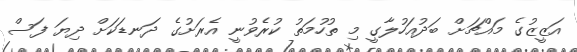
އަޒީޒުގެ މައްޗަށް ބަދުއަހުލާގީ މި ތުހުމަތު ކުރެވުނީ އެރަށުގެ ދަނޑަކަށް ދިޔަ ފަސް